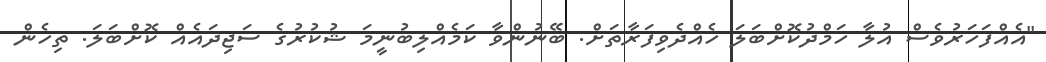
"އެއްފަހަރުވެސް އުލާ ހަމްދުކޮށްބަލަ ހެއްދެވިފަރާތަށް. ބޭނުންވާ ކަމެއްލިބުނީމަ ޝުކުރުގެ ސަޖިދައެއް ކޮށްބަލަ. ތިހެން